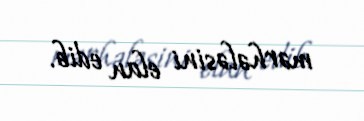
mərhələsini elan edib.